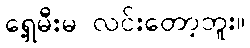
ရှေ့မီးမ လင်းတော့ဘူး။